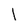
Character: 1